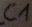
Text: C1